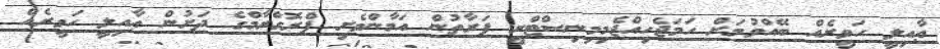
ޢާއިލީ ހަވީރެއް ބޭއްވުމަށް ހަމަޖެހިއްޖެމިމިނިސްޓްރީ ފަރާތުން އަމާންވެށި ޕްރޮގްރާމްގެ ދަށުން ޢާއިލީ ހަވީރެއް